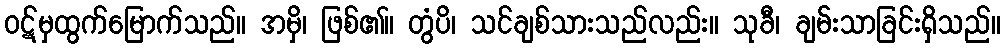
ဝဋ်မှထွက်မြောက်သည်။ အမှိ၊ ဖြစ်၏။ တွံပိ၊ သင်ချစ်သားသည်လည်း။ သုခီ၊ ချမ်းသာခြင်းရှိသည်။